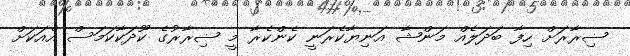
ޟިރާރަށް ހިފާ ބަދަލެއް މަންޝާ އަނިޔާކެރަނީ ކެންކެރާ މީ ޟިރާރުގެ ކޫދަކާކަމަސް އެއަކަށް